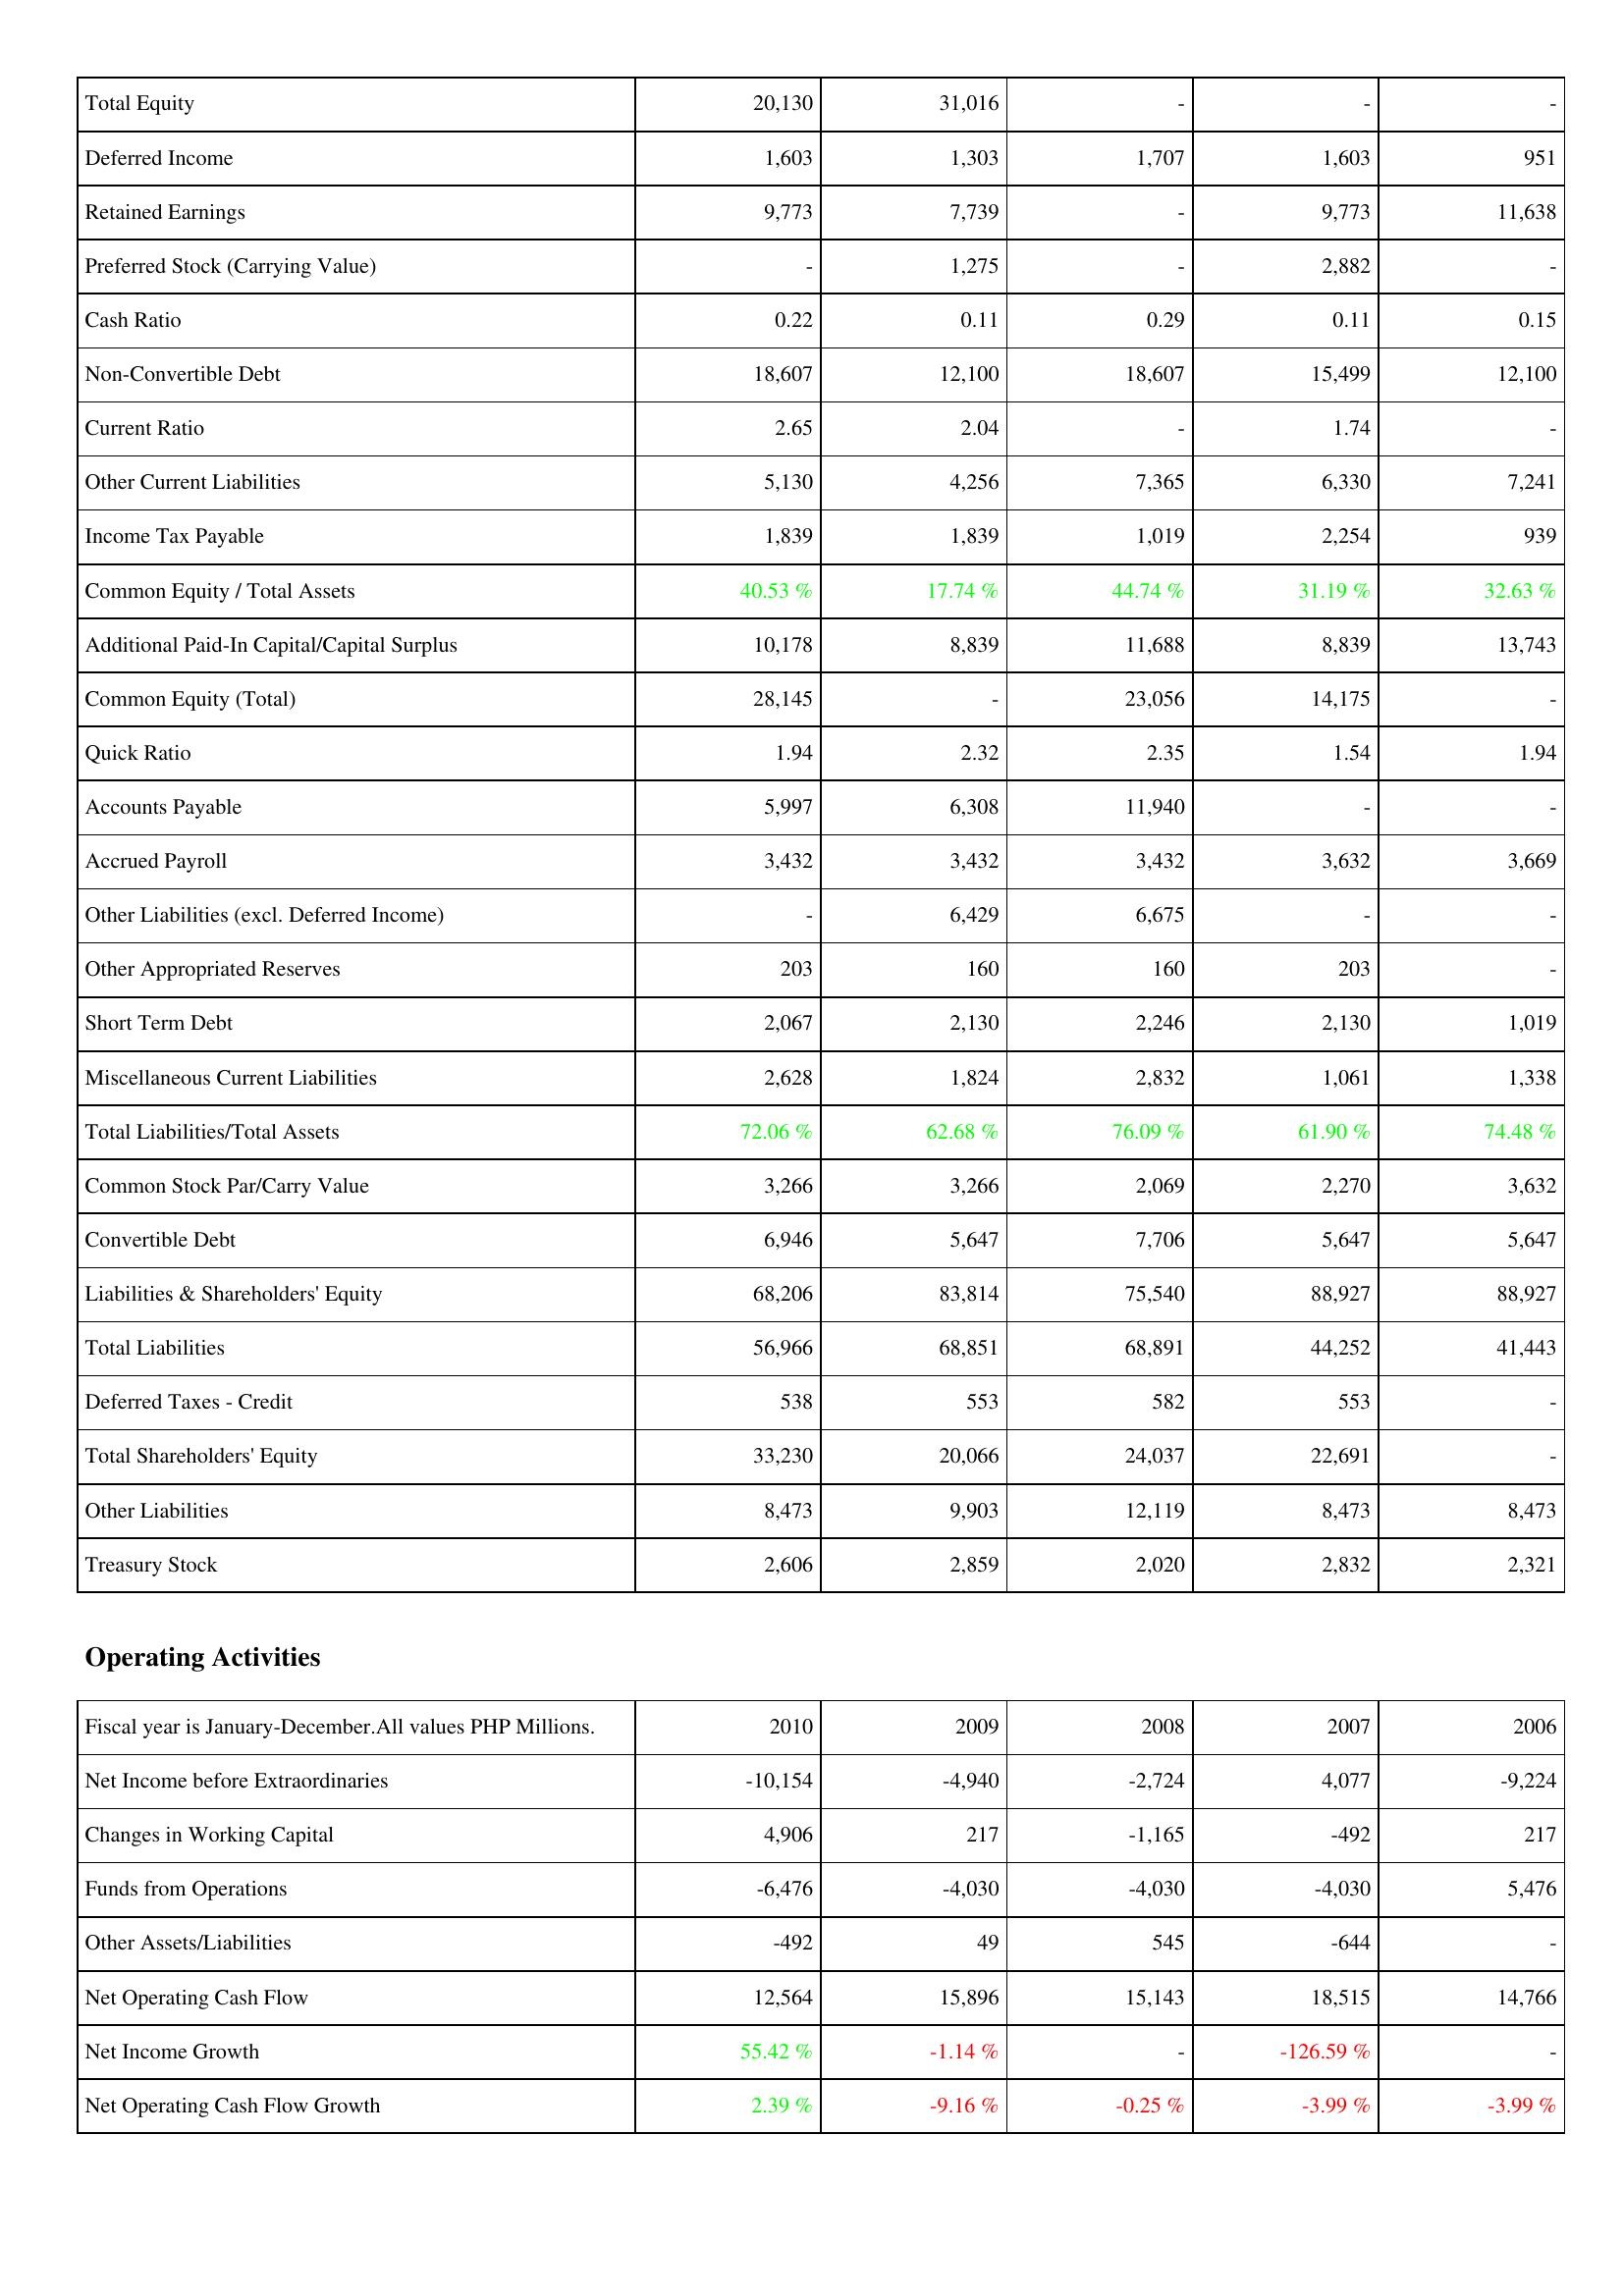
2010: Liabilities & Shareholders' Equity: Total Equity: 20,130
Deferred Income: 1,603
Retained Earnings: 9,773
Preferred Stock (Carrying Value): -
Cash Ratio: 0.22
Non-Convertible Debt: 18,607
Current Ratio: 2.65
Other Current Liabilities: 5,130
Income Tax Payable: 1,839
Common Equity / Total Assets: 40.53 %
Additional Paid-In Capital/Capital Surplus: 10,178
Common Equity (Total): 28,145
Quick Ratio: 1.94
Accounts Payable: 5,997
Accrued Payroll: 3,432
Other Liabilities (excl. Deferred Income): -
Other Appropriated Reserves: 203
Short Term Debt: 2,067
Miscellaneous Current Liabilities: 2,628
Total Liabilities/Total Assets: 72.06 %
Common Stock Par/Carry Value: 3,266
Convertible Debt: 6,946
Liabilities & Shareholders' Equity: 68,206
Total Liabilities: 56,966
Deferred Taxes - Credit: 538
Total Shareholders' Equity: 33,230
Other Liabilities: 8,473
Treasury Stock: 2,606
Operating Activities: Net Income before Extraordinaries: -10,154
Changes in Working Capital: 4,906
Funds from Operations: -6,476
Other Assets/Liabilities: -492
Net Operating Cash Flow: 12,564
Net Income Growth: 55.42 %
Net Operating Cash Flow Growth: 2.39 %
2009: Liabilities & Shareholders' Equity: Total Equity: 31,016
Deferred Income: 1,303
Retained Earnings: 7,739
Preferred Stock (Carrying Value): 1,275
Cash Ratio: 0.11
Non-Convertible Debt: 12,100
Current Ratio: 2.04
Other Current Liabilities: 4,256
Income Tax Payable: 1,839
Common Equity / Total Assets: 17.74 %
Additional Paid-In Capital/Capital Surplus: 8,839
Common Equity (Total): -
Quick Ratio: 2.32
Accounts Payable: 6,308
Accrued Payroll: 3,432
Other Liabilities (excl. Deferred Income): 6,429
Other Appropriated Reserves: 160
Short Term Debt: 2,130
Miscellaneous Current Liabilities: 1,824
Total Liabilities/Total Assets: 62.68 %
Common Stock Par/Carry Value: 3,266
Convertible Debt: 5,647
Liabilities & Shareholders' Equity: 83,814
Total Liabilities: 68,851
Deferred Taxes - Credit: 553
Total Shareholders' Equity: 20,066
Other Liabilities: 9,903
Treasury Stock: 2,859
Operating Activities: Net Income before Extraordinaries: -4,940
Changes in Working Capital: 217
Funds from Operations: -4,030
Other Assets/Liabilities: 49
Net Operating Cash Flow: 15,896
Net Income Growth: -1.14 %
Net Operating Cash Flow Growth: -9.16 %
2008: Liabilities & Shareholders' Equity: Total Equity: -
Deferred Income: 1,707
Retained Earnings: -
Preferred Stock (Carrying Value): -
Cash Ratio: 0.29
Non-Convertible Debt: 18,607
Current Ratio: -
Other Current Liabilities: 7,365
Income Tax Payable: 1,019
Common Equity / Total Assets: 44.74 %
Additional Paid-In Capital/Capital Surplus: 11,688
Common Equity (Total): 23,056
Quick Ratio: 2.35
Accounts Payable: 11,940
Accrued Payroll: 3,432
Other Liabilities (excl. Deferred Income): 6,675
Other Appropriated Reserves: 160
Short Term Debt: 2,246
Miscellaneous Current Liabilities: 2,832
Total Liabilities/Total Assets: 76.09 %
Common Stock Par/Carry Value: 2,069
Convertible Debt: 7,706
Liabilities & Shareholders' Equity: 75,540
Total Liabilities: 68,891
Deferred Taxes - Credit: 582
Total Shareholders' Equity: 24,037
Other Liabilities: 12,119
Treasury Stock: 2,020
Operating Activities: Net Income before Extraordinaries: -2,724
Changes in Working Capital: -1,165
Funds from Operations: -4,030
Other Assets/Liabilities: 545
Net Operating Cash Flow: 15,143
Net Income Growth: -
Net Operating Cash Flow Growth: -0.25 %
2007: Liabilities & Shareholders' Equity: Total Equity: -
Deferred Income: 1,603
Retained Earnings: 9,773
Preferred Stock (Carrying Value): 2,882
Cash Ratio: 0.11
Non-Convertible Debt: 15,499
Current Ratio: 1.74
Other Current Liabilities: 6,330
Income Tax Payable: 2,254
Common Equity / Total Assets: 31.19 %
Additional Paid-In Capital/Capital Surplus: 8,839
Common Equity (Total): 14,175
Quick Ratio: 1.54
Accounts Payable: -
Accrued Payroll: 3,632
Other Liabilities (excl. Deferred Income): -
Other Appropriated Reserves: 203
Short Term Debt: 2,130
Miscellaneous Current Liabilities: 1,061
Total Liabilities/Total Assets: 61.90 %
Common Stock Par/Carry Value: 2,270
Convertible Debt: 5,647
Liabilities & Shareholders' Equity: 88,927
Total Liabilities: 44,252
Deferred Taxes - Credit: 553
Total Shareholders' Equity: 22,691
Other Liabilities: 8,473
Treasury Stock: 2,832
Operating Activities: Net Income before Extraordinaries: 4,077
Changes in Working Capital: -492
Funds from Operations: -4,030
Other Assets/Liabilities: -644
Net Operating Cash Flow: 18,515
Net Income Growth: -126.59 %
Net Operating Cash Flow Growth: -3.99 %
2006: Liabilities & Shareholders' Equity: Total Equity: -
Deferred Income: 951
Retained Earnings: 11,638
Preferred Stock (Carrying Value): -
Cash Ratio: 0.15
Non-Convertible Debt: 12,100
Current Ratio: -
Other Current Liabilities: 7,241
Income Tax Payable: 939
Common Equity / Total Assets: 32.63 %
Additional Paid-In Capital/Capital Surplus: 13,743
Common Equity (Total): -
Quick Ratio: 1.94
Accounts Payable: -
Accrued Payroll: 3,669
Other Liabilities (excl. Deferred Income): -
Other Appropriated Reserves: -
Short Term Debt: 1,019
Miscellaneous Current Liabilities: 1,338
Total Liabilities/Total Assets: 74.48 %
Common Stock Par/Carry Value: 3,632
Convertible Debt: 5,647
Liabilities & Shareholders' Equity: 88,927
Total Liabilities: 41,443
Deferred Taxes - Credit: -
Total Shareholders' Equity: -
Other Liabilities: 8,473
Treasury Stock: 2,321
Operating Activities: Net Income before Extraordinaries: -9,224
Changes in Working Capital: 217
Funds from Operations: 5,476
Other Assets/Liabilities: -
Net Operating Cash Flow: 14,766
Net Income Growth: -
Net Operating Cash Flow Growth: -3.99 %